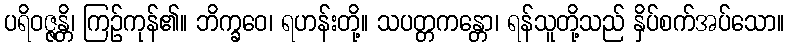
ပရိဝဇ္ဇန္တိ၊ ကြဉ်ကုန်၏။ ဘိက္ခဝေ၊ ရဟန်းတို့။ သပတ္တကန္တော၊ ရန်သူတို့သည် နှိပ်စက်အပ်သော။